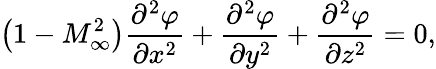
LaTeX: \left(1-M_{\infty}^{2}\right){\frac{\partial^{2}\varphi}{\partial x^{2}}}+{\frac{\partial^{2}\varphi}{\partial y^{2}}}+{\frac{\partial^{2}\varphi}{\partial z^{2}}}=0,